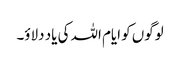
لوگوں کو ایام اللہ کی یاد دلاؤ۔